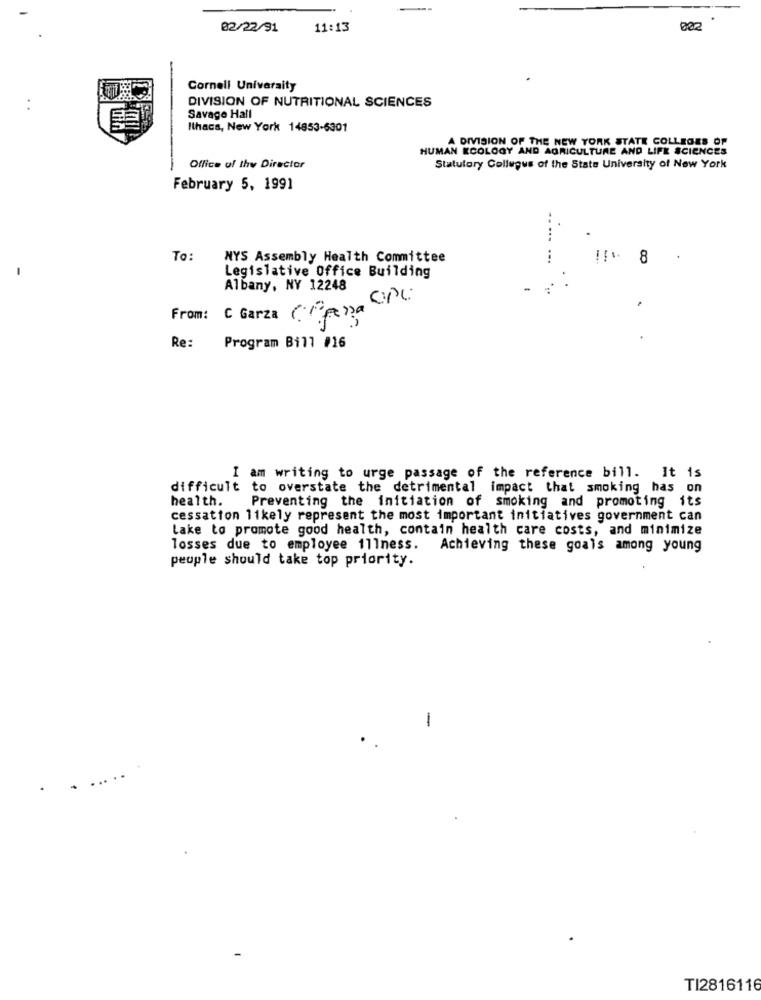
02/22/91
11:13
002
Cornell University
DIVISION OF NUTRITIONAL SCIENCES
Savage Hall
Ithaca, New York 14853-6301
A DIVISION OF THE NEW YORK STATE COLLEGES OF
HUMAN ECOLOGY AND AGRICULTURE AND LIFE SCIENCES
Office of the Director
Statutory Collugus of the State University of New York
February 5, 1991
To:
NYS Assembly Health Committee
!F: 8 .
Legislative Office Building
Albany, NY 12248
From: C Garza (
Re:
Program Bill #16
I am writing to urge passage of the reference bill. It is
difficult to overstate the detrimental impact that smoking has on
health.
Preventing the initiation of smoking and promoting its
cessation likely represent the most important initiatives government can
Lake to promote good health, contain health care costs, and minimize
losses due to employee illness. Achieving these goals among young
peuple should take top priority.
1
TI2816116